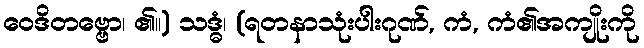
ဝေဒိတဗ္ဗော၊ ၏။) သဒ္ဓံ၊ (ရတနာသုံးပါးဂုဏ်, ကံ, ကံ၏အကျိုးကို